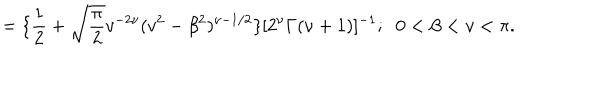
= \{ \frac { 1 } { 2 } + \sqrt { \frac { \pi } { 2 } } v ^ { - 2 \nu } ( v ^ { 2 } - \beta ^ { 2 } ) ^ { \nu - 1 / 2 } \} [ 2 ^ { \nu } \Gamma ( \nu + 1 ) ] ^ { - 1 } ; \; \; 0 < \beta < v < \pi .